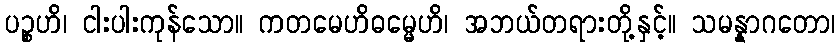
ပဉ္စဟိ၊ ငါးပါးကုန်သော။ ကတမေဟိဓမ္မေဟိ၊ အဘယ်တရားတို့နှင့်။ သမန္နာဂတော၊